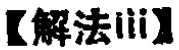
【解法iii】